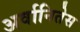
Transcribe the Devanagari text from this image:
अर्वानितेस